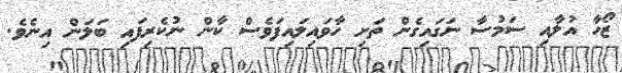
ޒޯހާ އުލާއި ސަމުސާ ނަގައިގެން ތަށި ހާވައިލައިފަވެސް ކާން ނުކެރިފައި ބަލަން އިނެވެ.